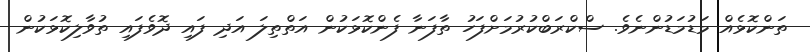
ތަންކޮޅެއް މަޑުމަޑުންނެވެ. ސްކްރަބްކުރުމަށްފަހު ތާފަނާ ފެންކޮޅަކުން އަތްތިލަ އަދި ފައި ދޮވެފައި ތުވާލިކޮޅަކުން